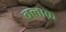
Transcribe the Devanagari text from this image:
बलाक़